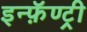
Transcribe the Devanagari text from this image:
इन्फ़ॅण्ट्री